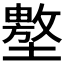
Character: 𰊲